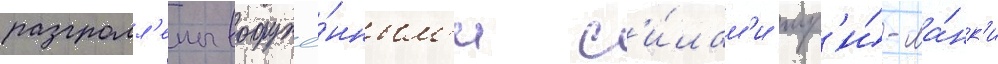
разгромл'ены вооружё́нным'и с'и́лам'и шр'и́-ла́нк'и